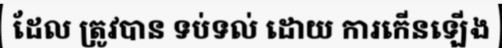
ដែល ត្រូវបាន ទប់ទល់ ដោយ ការកើនឡើង